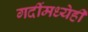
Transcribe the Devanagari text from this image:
गर्दीमध्येही